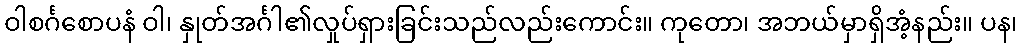
ဝါစင်္ဂစောပနံ ဝါ၊ နှုတ်အင်္ဂါ၏လှုပ်ရှားခြင်းသည်လည်းကောင်း။ ကုတော၊ အဘယ်မှာရှိအံ့နည်း။ ပန၊